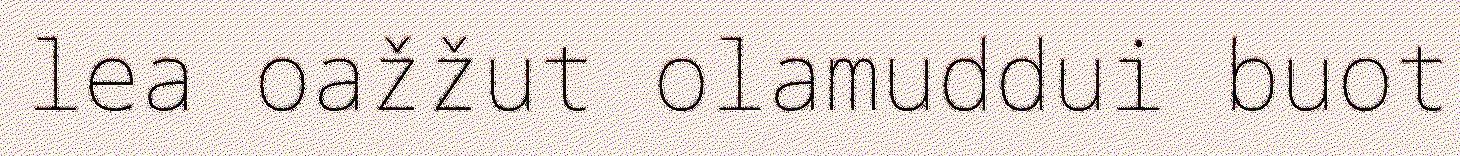
lea oažžut olamuddui buot